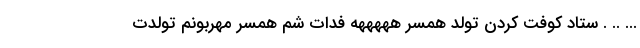
... .. . ستاد کوفت کردن تولد همسر هههههه فدات شم همسر مهربونم تولدت